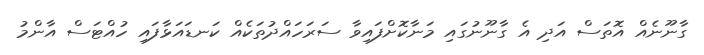
ގާނޫނެއް އޮތަސް އަދި އެ ގާނޫނުގައި މަނާކޮށްފައިވާ ސަރަހައްދުތަކެއް ކަނޑައަޅާފައި ހުއްޓަސް އާންމު